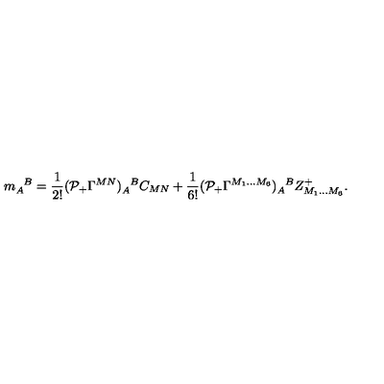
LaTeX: m _ { A } ^ { \phantom { A } B } = \frac { 1 } { 2 ! } ( { \cal P } _ { + } \Gamma ^ { M N } ) _ { A } ^ { \phantom { A } B } C _ { M N } + \frac { 1 } { 6 ! } ( { \cal P } _ { + } \Gamma ^ { M _ { 1 } \ldots M _ { 6 } } ) _ { A } ^ { \phantom { A } B } Z _ { M _ { 1 } \ldots M _ { 6 } } ^ { + } .